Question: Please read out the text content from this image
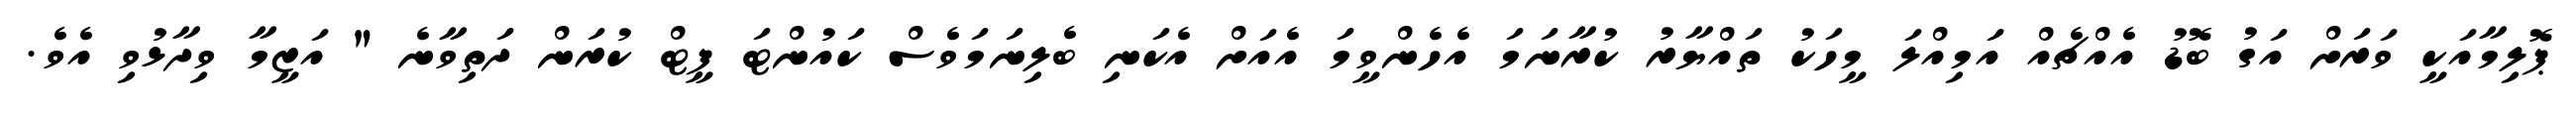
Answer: ޕޮލިމާއަކީ ވަރަށް އަގު ބޮޑު އެއްޗެއް އަމިއްލަ މީހަކު ތައްޔާރު ކުރާނަމަ އެހެންވީމަ އެއަށް އެކަނި ބެލިނަމަވެސް ކައުންޓަ ފީޓް ކުރަން ދަތިވާނެ " އަޒީމާ ވިދާޅުވި އެވެ.